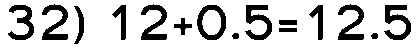
32) 12+0.5=12.5